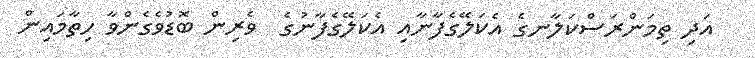
އަދި ތިމަންރަސްކަލާނގެ އެކަލޭގެފާނާއި އެކަލޭގެފާނުގެ  ވެރިން ބޮޑުވެގެންވާ ހިތާމައިން